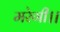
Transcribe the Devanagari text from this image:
मरेगी।।